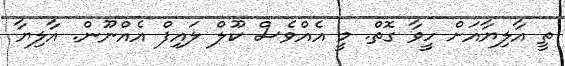
ތީ އާލިޔާއަށް ހީވާ ގޮތް. މީ އެއްވެސް ކޫލް ލައިފް އެއްނޫން. އާލިޔާ